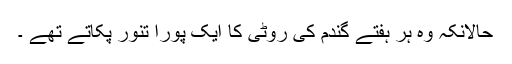
حالانکہ وہ ہر ہفتے گندم کی روٹی کا ایک پورا تنور پکاتے تھے ۔